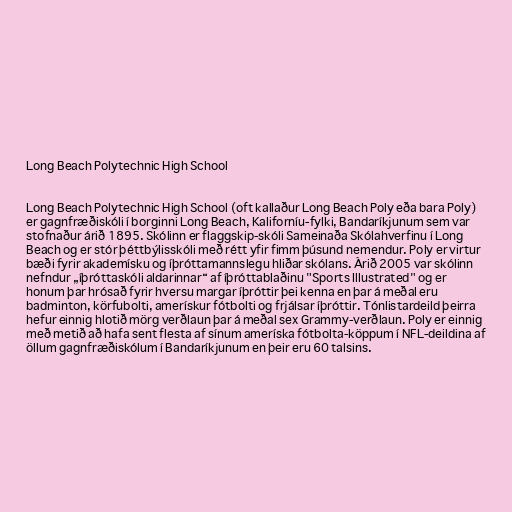
Long Beach Polytechnic High School

Long Beach Polytechnic High School (oft kallaður Long Beach Poly eða bara Poly)
er gagnfræðiskóli í borginni Long Beach, Kaliforníu-fylki, Bandaríkjunum sem var
stofnaður árið 1895. Skólinn er flaggskip-skóli Sameinaða Skólahverfinu í Long
Beach og er stór þéttbýlisskóli með rétt yfir fimm þúsund nemendur. Poly er virtur
bæði fyrir akademísku og íþróttamannslegu hliðar skólans. Árið 2005 var skólinn
nefndur „íþróttaskóli aldarinnar“ af íþróttablaðinu "Sports Illustrated" og er
honum þar hrósað fyrir hversu margar íþróttir þei kenna en þar á meðal eru
badminton, körfubolti, amerískur fótbolti og frjálsar íþróttir. Tónlistardeild þeirra
hefur einnig hlotið mörg verðlaun þar á meðal sex Grammy-verðlaun. Poly er einnig
með metið að hafa sent flesta af sínum ameríska fótbolta-köppum í NFL-deildina af
öllum gagnfræðiskólum í Bandaríkjunum en þeir eru 60 talsins.